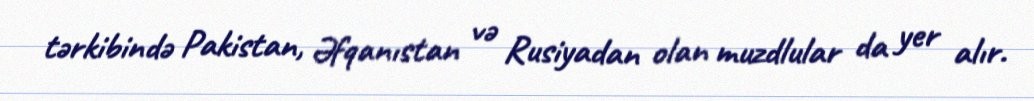
tərkibində Pakistan, Əfqanıstan və Rusiyadan olan muzdlular da yer alır.